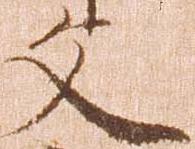
文